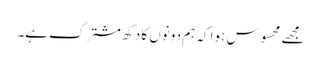
مجھے محسوس ہوا کہ ہم دونوں کا دکھ مشترک ہے۔